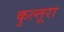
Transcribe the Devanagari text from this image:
कुल्तूरा